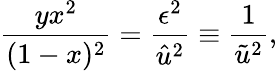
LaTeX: \frac{yx^{2}}{(1-x)^{2}}=\frac{\epsilon^{2}}{\hat{u}^{2}}\equiv\frac{1}{\tilde{u}^{2}},